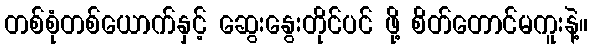
တစ်စုံတစ်ယောက်နှင့် ဆွေးနွေးတိုင်ပင် ဖို့ စိတ်တောင်မကူးနဲ့။